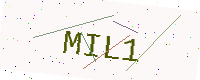
Text: MIL1